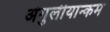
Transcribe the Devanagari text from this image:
अंगुलीयान्कम